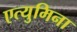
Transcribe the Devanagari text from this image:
एत्‍युमिना